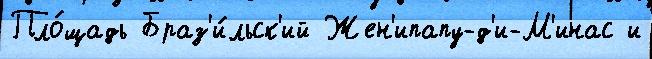
Пло́щадь Браз'и́льск'ий Жен'ипапу-д'и-М'инас и